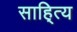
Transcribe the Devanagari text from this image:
साहि्त्य